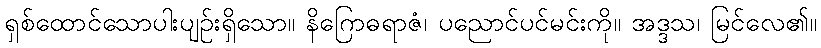
ရှစ်ထောင်သောပါးပျဉ်းရှိသော။ နိဂြောဓရာဇံ၊ ပညောင်ပင်မင်းကို။ အဒ္ဒသ၊ မြင်လေ၏။